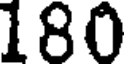
180